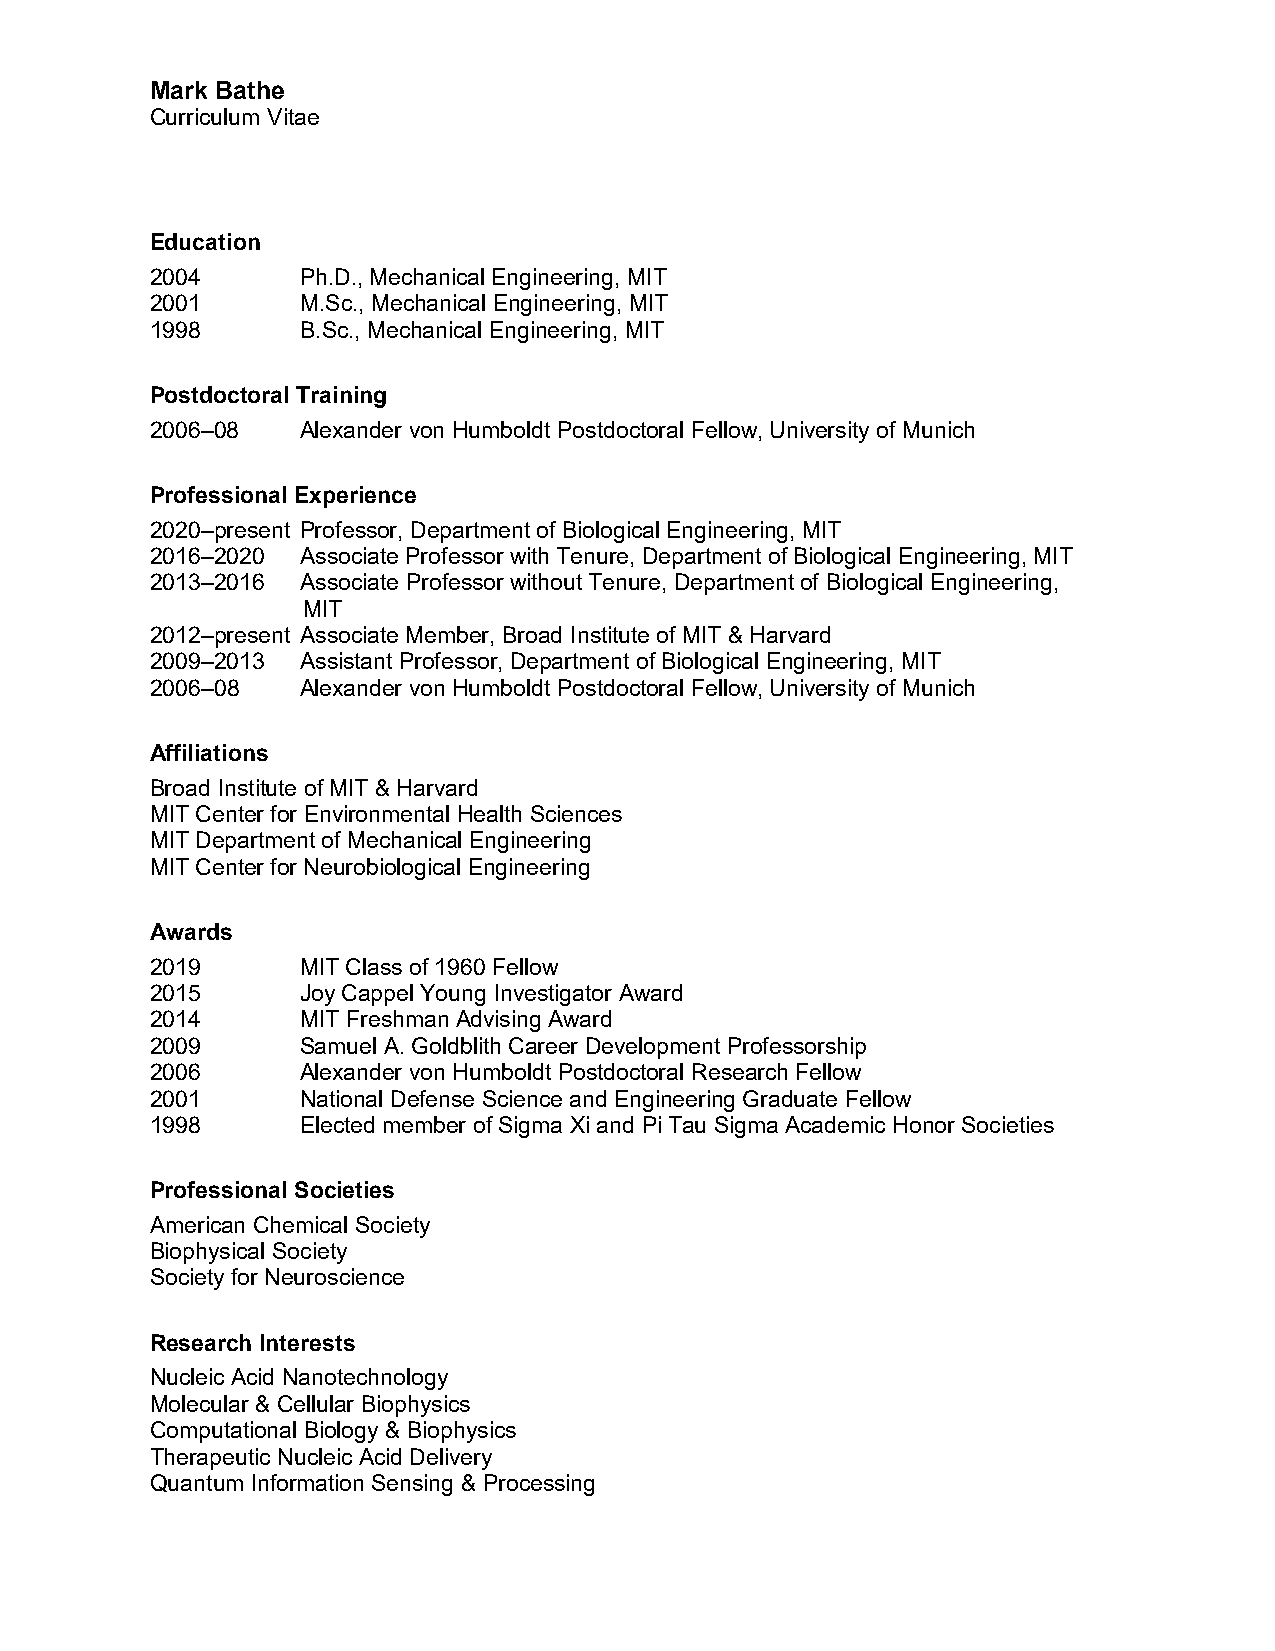
Mark Bathe
 Curriculum Vitae
 Education
 2004      Ph.D., Mechanical Engineering, MIT
 2001      M.Sc., Mechanical Engineering, MIT
 1998      B.Sc., Mechanical Engineering, MIT
 Postdoctoral Training
 2006–08   Alexander von Humboldt Postdoctoral Fellow, University of Munich
 Professional Experience
 2020–present Professor, Department of Biological Engineering, MIT
 2016–2020 Associate Professor with Tenure, Department of Biological Engineering, MIT
 2013–2016 Associate Professor without Tenure, Department of Biological Engineering,
 MIT
 2012–present Associate Member, Broad Institute of MIT & Harvard
 2009–2013 Assistant Professor, Department of Biological Engineering, MIT
 2006–08   Alexander von Humboldt Postdoctoral Fellow, University of Munich
 Affiliations
 Broad Institute of MIT & Harvard
 MIT Center for Environmental Health Sciences
 MIT Department of Mechanical Engineering
 MIT Center for Neurobiological Engineering
 Awards
 2019      MIT Class of 1960 Fellow
 2015      Joy Cappel Young Investigator Award
 2014      MIT Freshman Advising Award
 2009      Samuel A. Goldblith Career Development Professorship
 2006      Alexander von Humboldt Postdoctoral Research Fellow
 2001      National Defense Science and Engineering Graduate Fellow
 1998      Elected member of Sigma Xi and Pi Tau Sigma Academic Honor Societies
 Professional Societies
 American Chemical Society
 Biophysical Society
 Society for Neuroscience
 Research Interests
 Nucleic Acid Nanotechnology
 Molecular & Cellular Biophysics
 Computational Biology & Biophysics
 Therapeutic Nucleic Acid Delivery
 Quantum Information Sensing & Processing